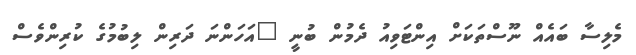
މެލިސާ ބައެއް ނޫސްތަކަށް އިންޓަވިއު ދެމުން ބުނީ "އަހަންނަ ދަރިން ލިބުމުގެ ކުރިންވެސް